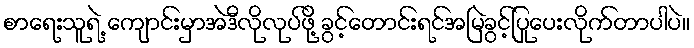
စာရေးသူရဲ့ ကျောင်းမှာအဲဒီလိုလုပ်ဖို့ ခွင့်တောင်းရင်အမြဲခွင့်ပြုပေးလိုက်တာပါပဲ။